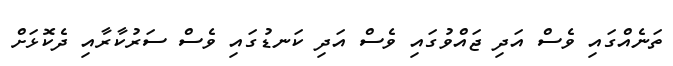
ތަނެއްގައި ވެސް އަދި ޖައްވުގައި ވެސް އަދި ކަނޑުގައި ވެސް ސަރުކާރާއި ދެކޮޅަށް